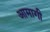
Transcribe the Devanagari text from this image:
आमागी